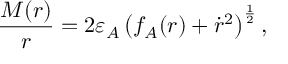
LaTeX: \frac { M ( r ) } { r } = 2 \varepsilon _ { A } \left( f _ { A } ( r ) + \dot { r } ^ { 2 } \right) ^ { \frac { 1 } { 2 } } ,